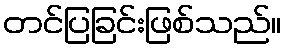
တင်ပြခြင်းဖြစ်သည်။